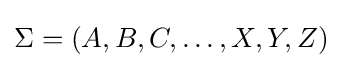
\Sigma =(A,B,C,\ldots ,X,Y,Z)